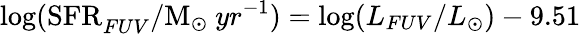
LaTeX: \mathrm{log(SFR}_{FUV}/\mathrm{M}_{\odot}~yr^{-1})=\mathrm{log}(L_{FUV}/L_{\odot})-9.51